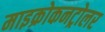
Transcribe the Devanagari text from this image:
माइक्रोकनट्रोलर